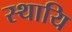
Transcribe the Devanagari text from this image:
स्थायि